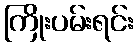
ကြိုးပမ်းရင်း